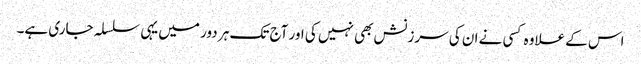
اس کے علاوہ کسی نے ان کی سرزنش بھی نہیں کی اور آج تک ہر دور میں یہی سلسلہ جاری ہے۔